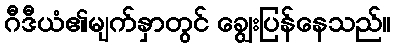
ဂီဒီယံ၏မျက်နှာတွင် ချွေးပြန်နေသည်။